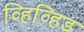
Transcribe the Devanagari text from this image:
व्हिव्हिड